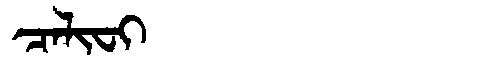
Manchu: ᠴᠠᠯᡳᠸᡳ
Romanization: CALIFI